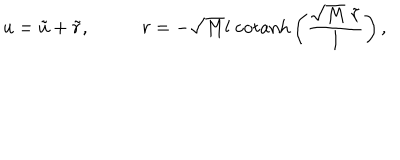
u = \tilde { u } + \tilde { r } , \; r = - \sqrt { M } l \; \mathrm { c o t a n h } \left( \frac { \sqrt { M } \; \tilde { r } } { l } \right) ,